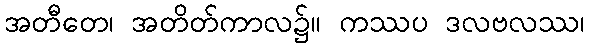
အတီတေ၊ အတိတ်ကာလ၌။ ကဿပ ဒလဗလဿ၊